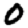
Digit: 0